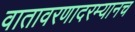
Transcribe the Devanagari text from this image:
वातावरणादरम्यानच